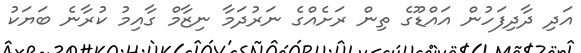
އަދި ދާދިފަހުން އައްޑޫގެ ތިން ރަށެއްގެ ނަރުދަމާ ނިޒާމް ގާއިމު ކުރާނެ ބަޔަކު